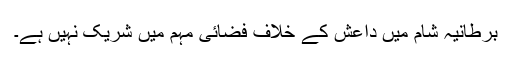
برطانیہ شام میں داعش کے خلاف فضائی مہم میں شریک نہیں ہے۔